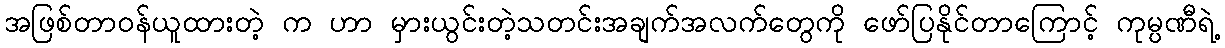
အဖြစ်တာဝန်ယူထားတဲ့ က ဟာ မှားယွင်းတဲ့သတင်းအချက်အလက်တွေကို ဖော်ပြနိုင်တာကြောင့် ကုမ္ပဏီရဲ့